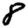
Digit: 8